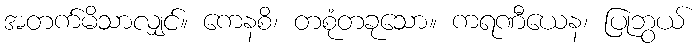
အတက်မိသာလျှင်။ ကေနစိ၊ တစုံတခုသော။ ကရဏီယေန၊ ပြုဘွယ်